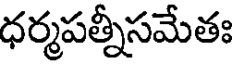
ధర్మపత్నీసమేతః